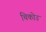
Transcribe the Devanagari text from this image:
चिकोउ